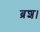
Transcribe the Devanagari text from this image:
ब्रश।